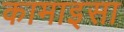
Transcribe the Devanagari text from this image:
कामाइसा